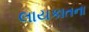
લાયકાતના